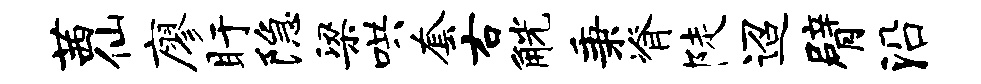
茜仙廖盱隐梁哄套右觥秉脊陡迢臂沿